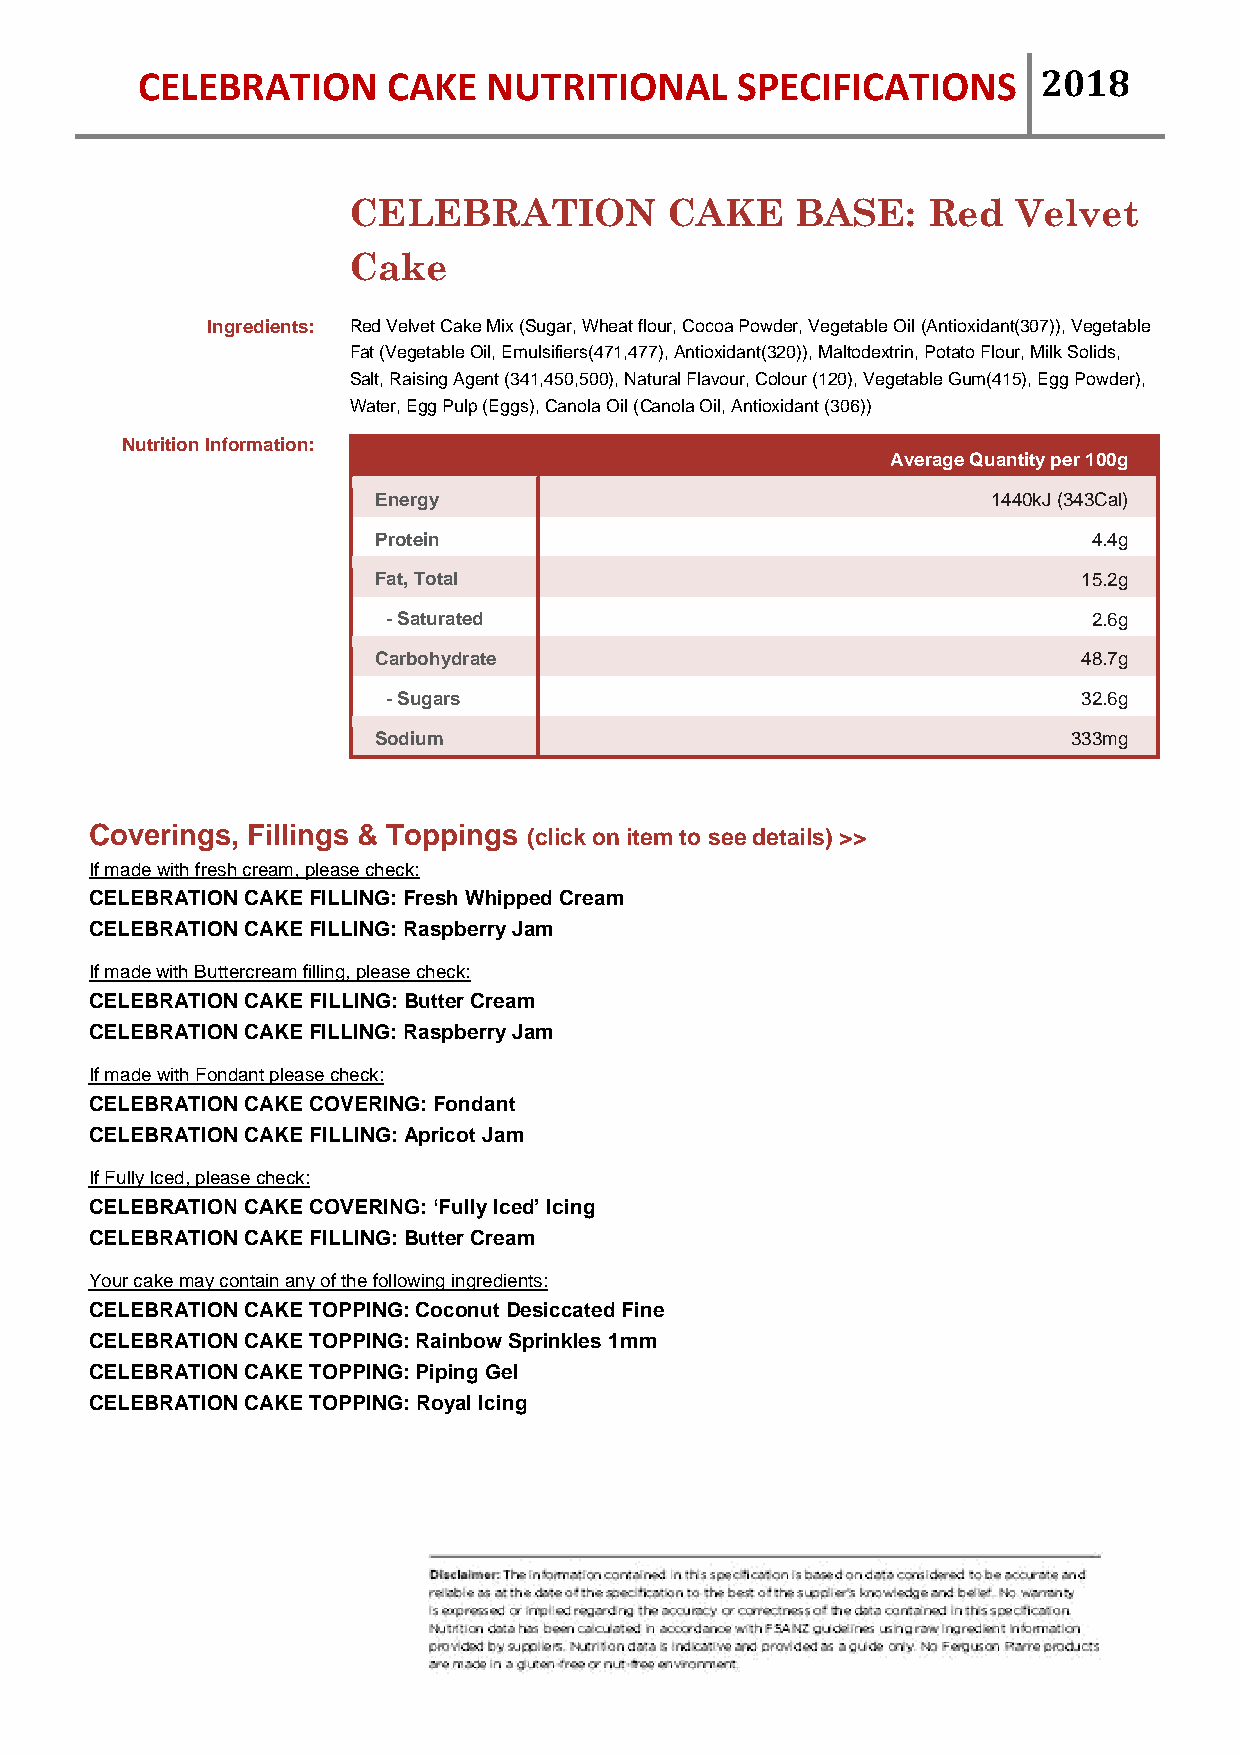
CELEBRATION      CAKE  NUTRITIONAL      SPECIFICATIONS      2018
 CELEBRATION          CAKE     BASE:   Red   Velvet
 Cake
 Ingredients: Red Velvet Cake Mix (Sugar, Wheat flour, Cocoa Powder, Vegetable Oil (Antioxidant(307)), Vegetable
 Fat (Vegetable Oil, Emulsifiers(471,477), Antioxidant(320)), Maltodextrin, Potato Flour, Milk Solids,
 Salt, Raising Agent (341,450,500), Natural Flavour, Colour (120), Vegetable Gum(415), Egg Powder),
 Water, Egg Pulp (Eggs), Canola Oil (Canola Oil, Antioxidant (306))
 Nutrition Information:
 Average Quantity per 100g
 Energy                                   1440kJ (343Cal)
 Protein                                        4.4g
 Fat, Total                                     15.2g
 - Saturated                                   2.6g
 Carbohydrate                                   48.7g
 - Sugars                                      32.6g
 Sodium                                        333mg
 Coverings, Fillings & Toppings (click on item to see details) >>
 If made with fresh cream, please check:
 CELEBRATION CAKE FILLING: Fresh Whipped Cream
 CELEBRATION CAKE FILLING: Raspberry Jam
 If made with Buttercream filling, please check:
 CELEBRATION CAKE FILLING: Butter Cream
 CELEBRATION CAKE FILLING: Raspberry Jam
 If made with Fondant please check:
 CELEBRATION CAKE COVERING: Fondant
 CELEBRATION CAKE FILLING: Apricot Jam
 If Fully Iced, please check:
 CELEBRATION CAKE COVERING: ‘Fully Iced’ Icing
 CELEBRATION CAKE FILLING: Butter Cream
 Your cake may contain any of the following ingredients:
 CELEBRATION CAKE TOPPING: Coconut Desiccated Fine
 CELEBRATION CAKE TOPPING: Rainbow Sprinkles 1mm
 CELEBRATION CAKE TOPPING: Piping Gel
 CELEBRATION CAKE TOPPING: Royal Icing